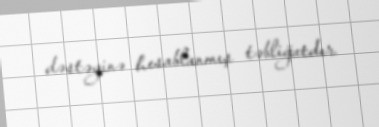
dəstəyinə hesablanmış təbliğatdır.